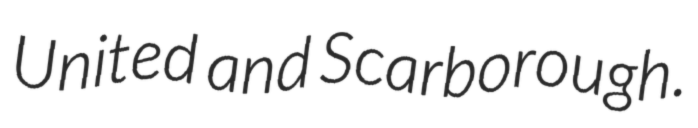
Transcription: United and Scarborough.